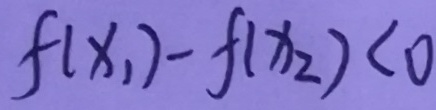
f ( x _ { 1 } ) - f ( x _ { 2 } ) < 0